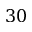
3 0